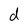
Character: d